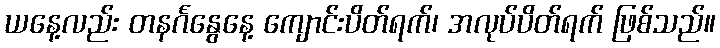
ယနေ့လည်း တနင်္ဂနွေနေ့ ကျောင်းပိတ်ရက်၊ အလုပ်ပိတ်ရက် ဖြစ်သည်။